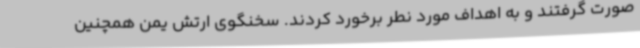
صورت گرفتند و به اهداف مورد نطر برخورد کردند. سخنگوی ارتش یمن همچنین